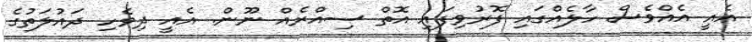
އެއީ އެއްވެސް ހާލެއްގައި ފޮރުވިފައި އޮތް ސިއްރެއް ނޫން. އެއީ ދިވެހި ދައުލަތުގެ